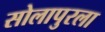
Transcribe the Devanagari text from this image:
सोलापुरला